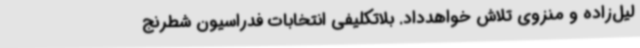
لیل‌زاده و منزوی تلاش خواهدداد. بلاتکلیفی انتخابات فدراسیون شطرنج